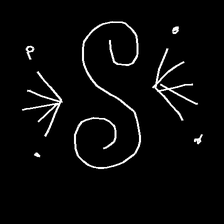
Glyph: aeroform